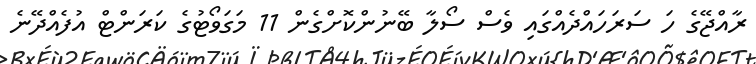
ރާއްޖޭގެ ހަ ސަަރަހައްދެއްގައި ވެސް ސޯލާ ބޭނުންކޮށްގެން 11 މަގަވޯޓުގެ ކަރަންޓް އުފެއްދޭނެ